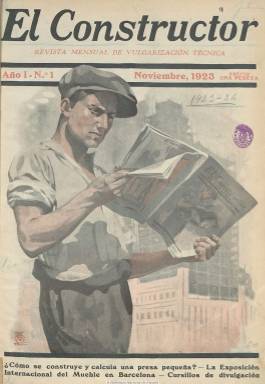
Título: El Constructor (Barcelona)
Colección: Industria || Arquitectura y construcción
Ámbito geográfico: Barcelona
Lugar de publicación: Barcelona
Fechas: 01/11/1923-30/09/1928

Con el subtítulo “revista mensual de vulgarización técnica”, es una publicación especializada en ingeniería civil y sanitaria, construcción, obras públicas, arquitectura y decoración, urbanismo y automovilismo y mecánica. Comienza a publicarse en noviembre de 1923 en entregas que serán de paginación variada, entre las cuarenta y casi las ochenta por número, con una gran profusión de publicidad de empresas de materiales y maquinaria de construcción, con multitud de grabados de fotografías (carreteras, edificios, viviendas, etc.) y dibujos técnicos. Sus cubiertas ilustradas con un dibujo son impresas a color, como algunos de sus anuncios comerciales.

Según sus propias indicaciones, se publica con la colaboración de ingenieros, arquitectos, directores de empresas de construcción y fabricación de materiales, carpinteros y maestros de obras, entre otros profesionales. En sus entregas se publican artículos dedicados a trabajos de albañilería, cubiertas, herrería o carpintería. Se dedica a propagar todos aquellos materiales modernos (uralitas, pavimentos, asfaltos, cementos, hormigones, cerámicas, estructuras metálicas, tuberías) o maquinaria (ascensores, montacargas, calefacción, etc.).

Divulga los principios fundamentales de la construcción, orienta en proyectos de edificación y muestra novedades o aconseja a los contratistas. Su misión, indica en su programa, es la vulgarización práctica dirigida al obrero manual o al pequeño propietario o contratista alejado de los centros urbanos. Ofrece también secciones de bibliografía técnica, noticias, cursillos y consultorio.

Según la estadística de 1927, su tirada era de 5.000 ejemplares, algunos de ellos enviados al extranjero. El último número de la colección es el 59, correspondiente a septiembre de 1928.